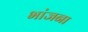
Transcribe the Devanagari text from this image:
भांजना